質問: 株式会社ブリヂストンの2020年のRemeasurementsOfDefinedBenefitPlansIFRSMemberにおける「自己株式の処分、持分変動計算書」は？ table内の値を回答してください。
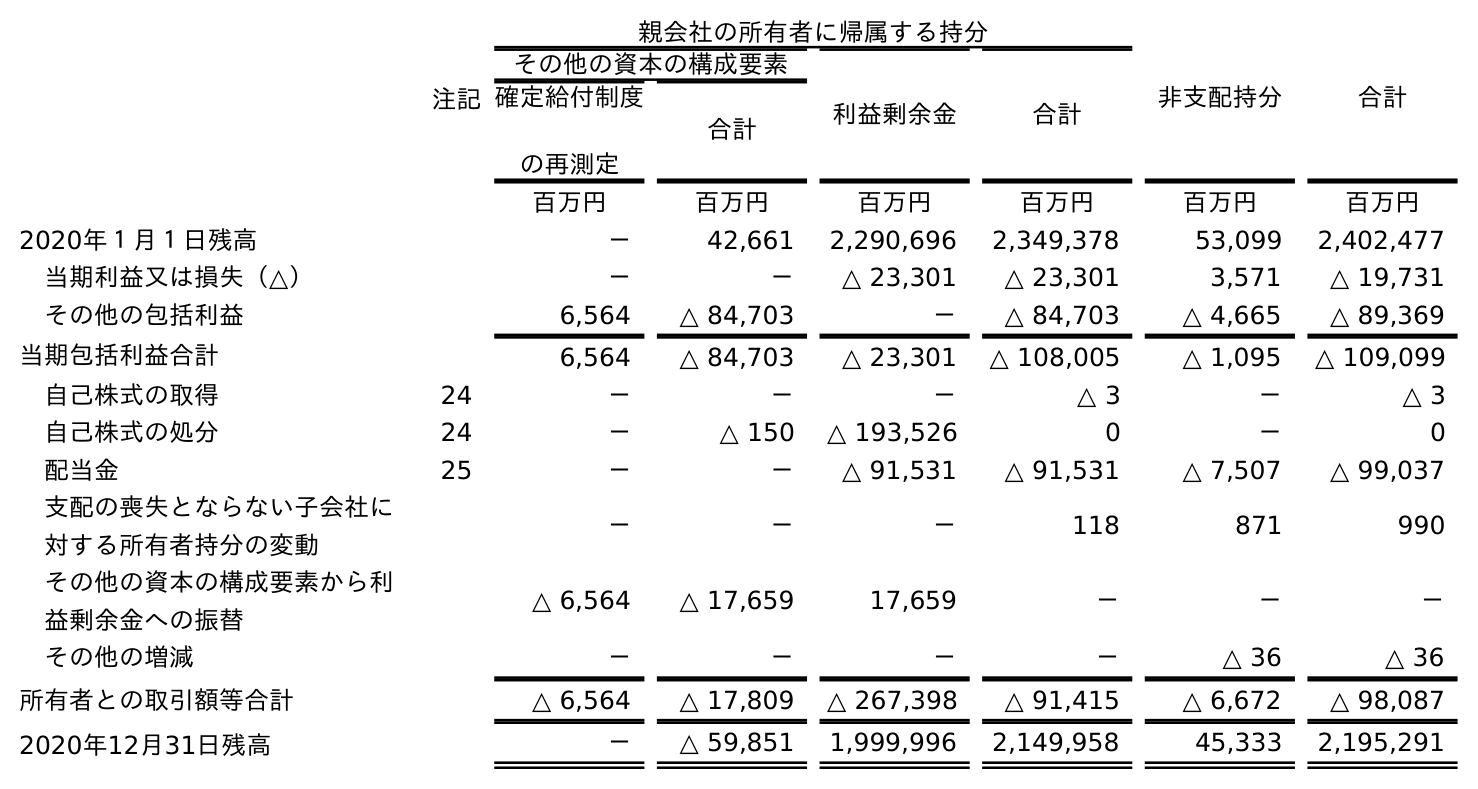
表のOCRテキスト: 注記 親会社の所有者に帰属する持分 非支配持分 合計 その他の資本の構成要素 利益剰余金 合計 確定給付制度 の再測定 合計 百万円 百万円 百万円 百万円 百万円 百万円 2020年１月１日残高 － 42,661 2,290,696 2,349,378 53,099 2,402,477 当期利益又は損失（△） － － △ 23,301 △ 23,301 3,571 △ 19,731 その他の包括利益 6,564 △ 84,703 － △ 84,703 △ 4,665 △ 89,369 当期包括利益合計 6,564 △ 84,703 △ 23,301 △ 108,005 △ 1,095 △ 109,099 自己株式の取得 24 － － － △ 3 － △ 3 自己株式の処分 24 － △ 150 △ 193,526 0 － 0 配当金 25 － － △ 91,531 △ 91,531 △ 7,507 △ 99,037 支配の喪失とならない子会社に 対する所有者持分の変動 － － － 118 871 990 その他の資本の構成要素から利 益剰余金への振替 △ 6,564 △ 17,659 17,659 － － － その他の増減 － － － － △ 36 △ 36 所有者との取引額等合計 △ 6,564 △ 17,809 △ 267,398 △ 91,415 △ 6,672 △ 98,087 2020年12月31日残高 － △ 59,851 1,999,996 2,149,958 45,333 2,195,291
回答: －